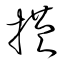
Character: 橫